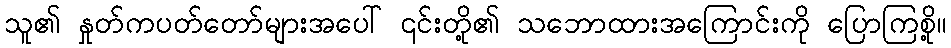
သူ၏ နှုတ်ကပတ်တော်များအပေါ် ၎င်းတို့၏ သဘောထားအကြောင်းကို ပြောကြစို့။